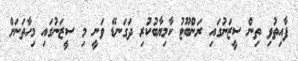
ފާއިތުވި ތިން ސީޒަނުގައި ރަންބޫޓު ކާމިޔާބުކުރި ދަގަނޑޭ ވަނީ މި ސީޒަނުގައި މިހާތަނަށް